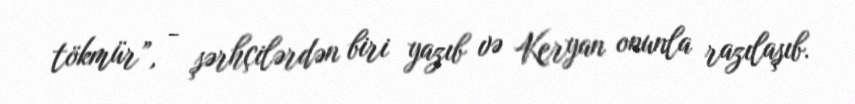
tökmür”, - şərhçilərdən biri yazıb və Keryan onunla razılaşıb.